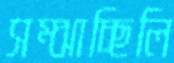
সম্‌ঝাচ্ছিলি